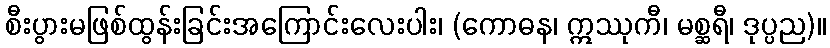
စီးပွားမဖြစ်ထွန်းခြင်းအကြောင်းလေးပါး၊ (ကောဓန၊ ဣဿုကီ၊ မစ္ဆရီ၊ ဒုပ္ပည)။